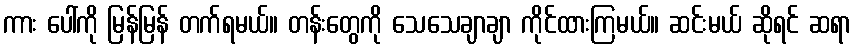
ကား ပေါ်ကို မြန်မြန် တက်ရမယ်။ တန်းတွေကို သေသေချာချာ ကိုင်ထားကြမယ်။ ဆင်းမယ် ဆိုရင် ဆရာ